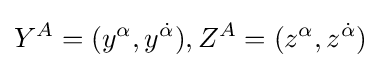
Y^{A}=(y^{\alpha },y^{\dot {\alpha }}),Z^{A}=(z^{\alpha },z^{\dot {\alpha }})